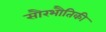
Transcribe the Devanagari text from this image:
सौरभौतिकी